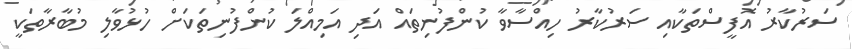
ސަރުކާރު އޮފީސްތަކާއި ސަރުކާރު ހިއްސާވާ ކުންފުނިތައް އަދި އަމިއްލަ ކުންފުނިތަކަށް ހުޅުވާލި މުބާރާތަކީ